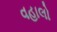
વહાલો